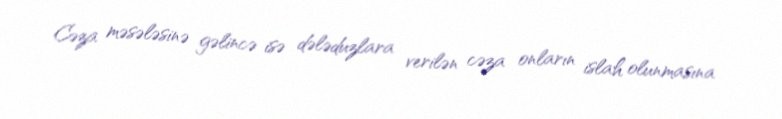
Cəza məsələsinə gəlincə isə dələduzlara verilən cəza onların islah olunmasına